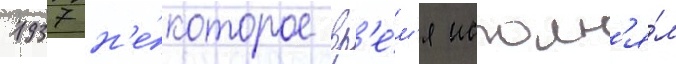
1937 н'е́которое вр'е́м'я исполн'я́л